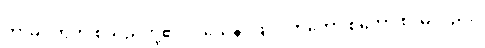
ကာမဝိတက် စသည်တို့၏။ ဝသေန၊ ဖြင့်။ ဣတော စိတော စ၊ မှလည်း။